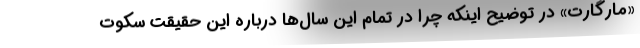
«مارگارت» در توضیح اینکه چرا در تمام این سال‌ها درباره این حقیقت سکوت